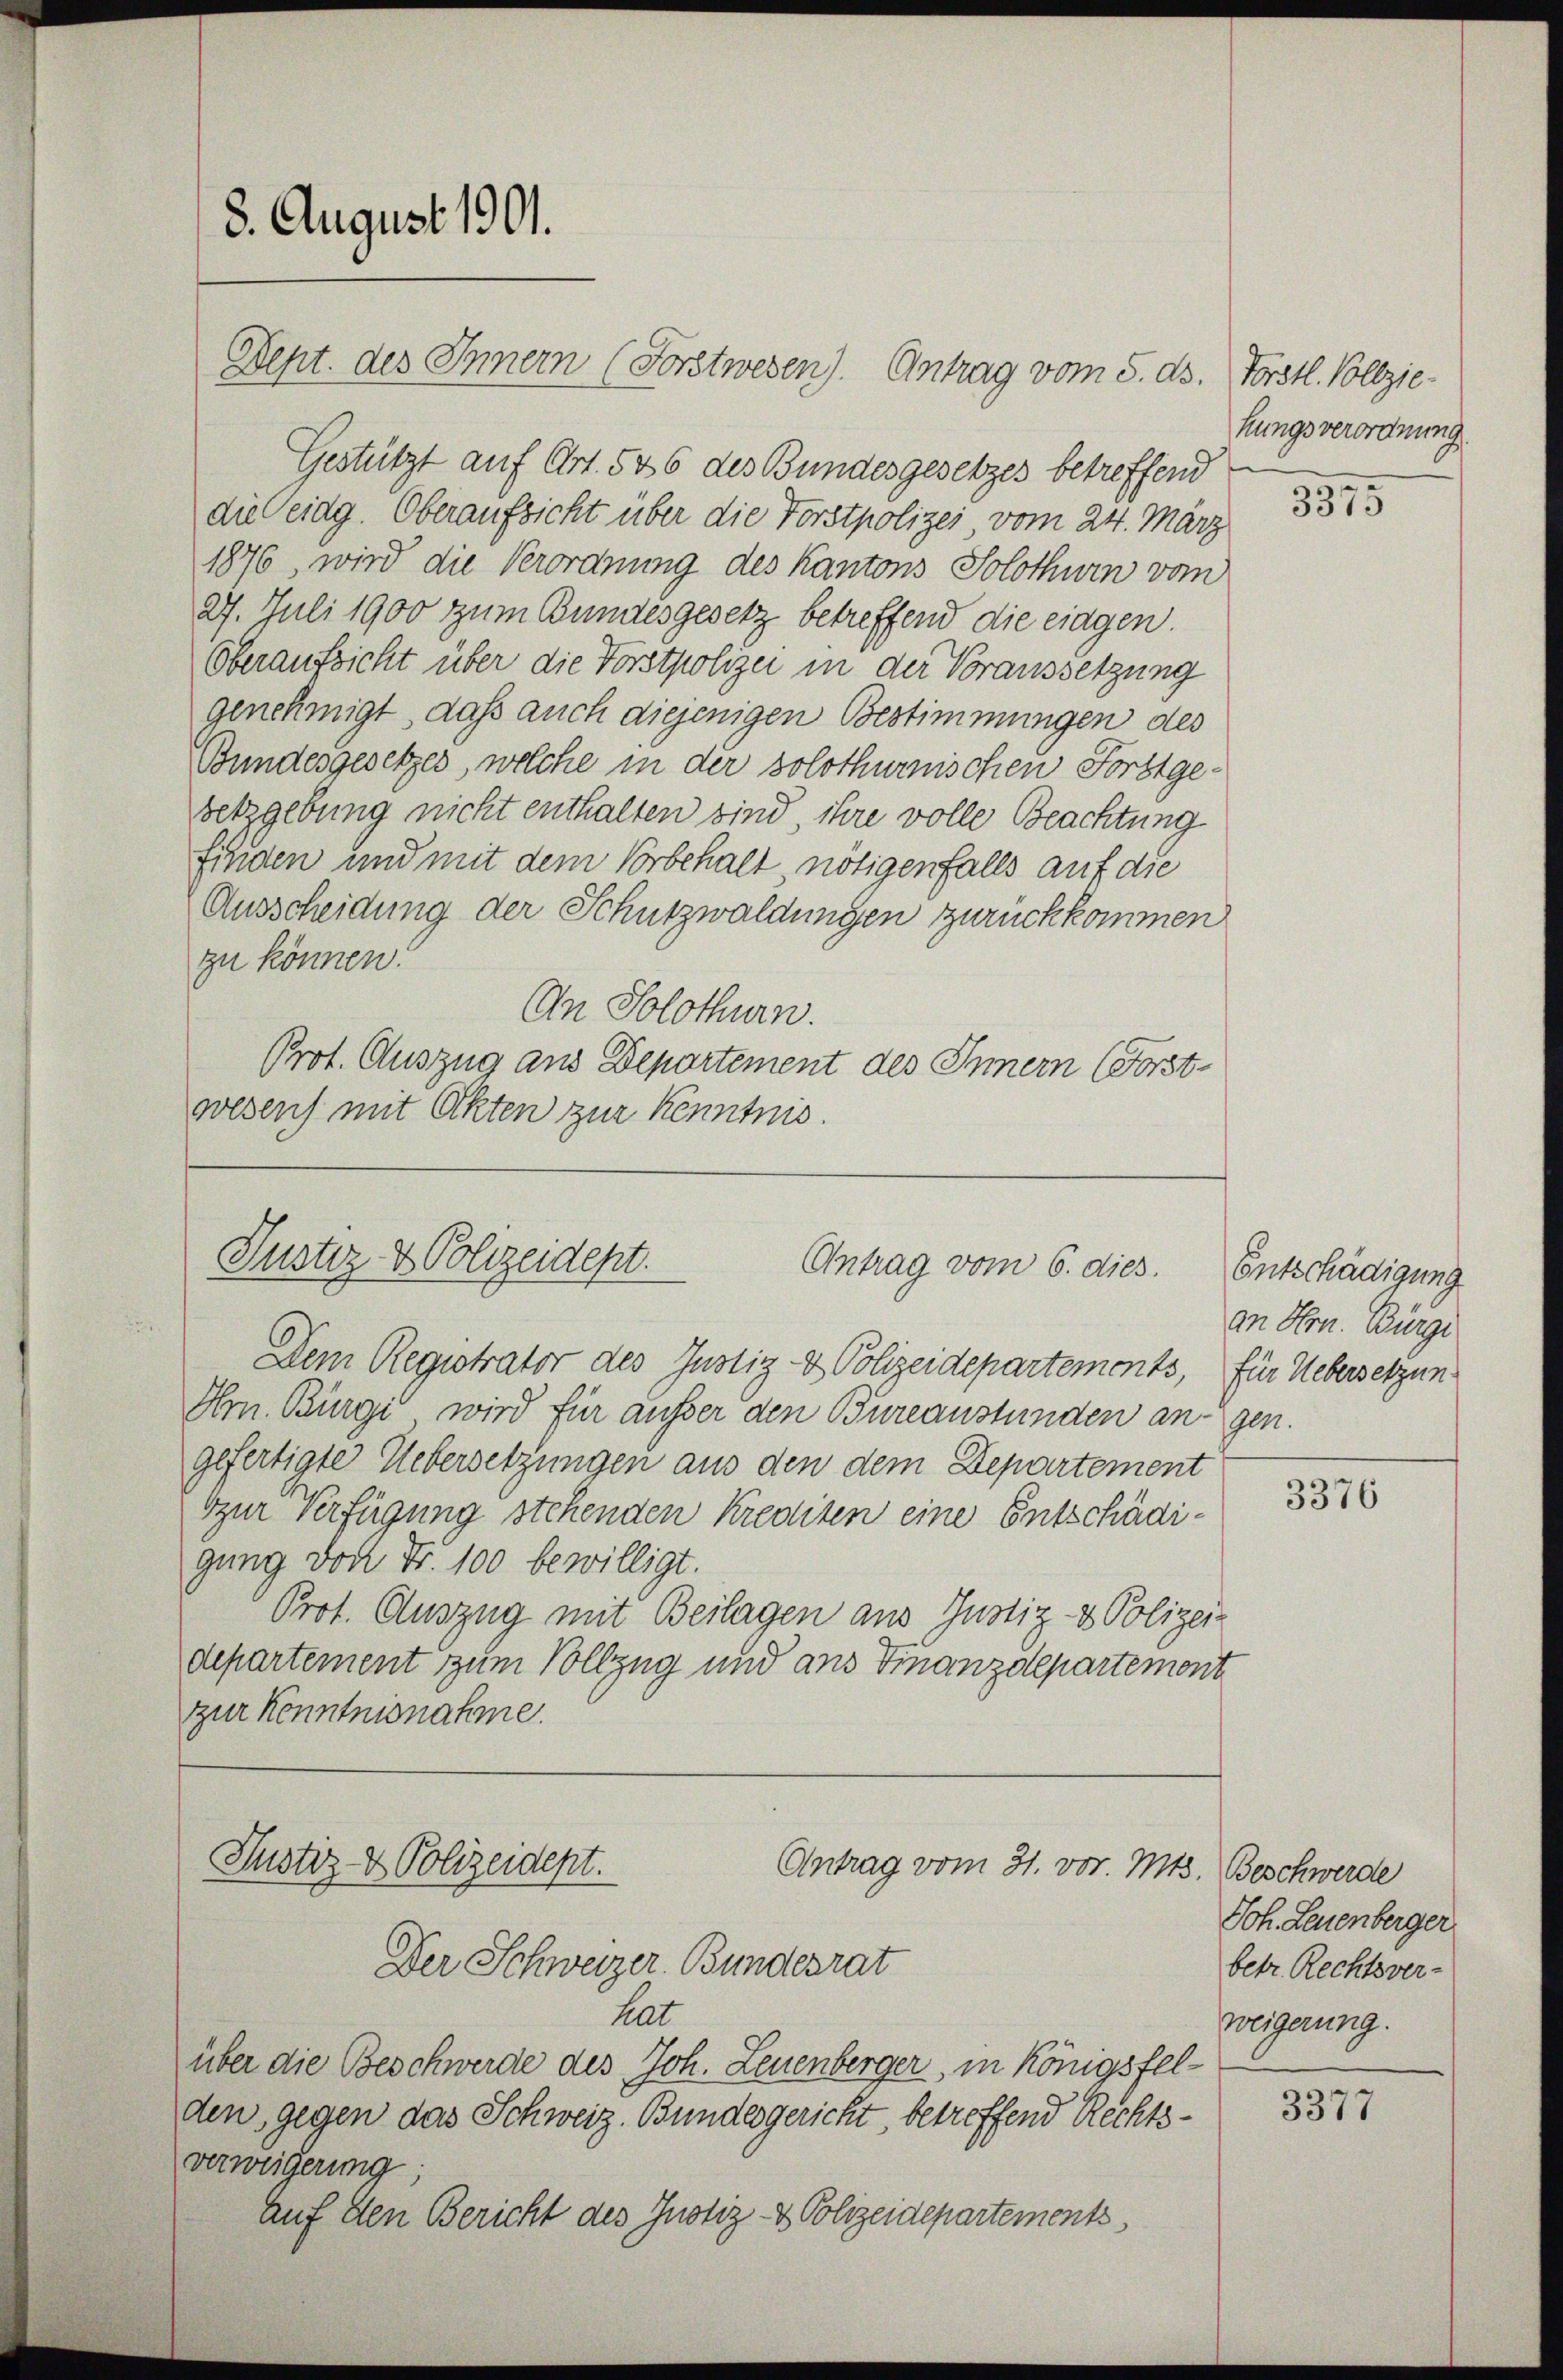
Gestützt auf Art. 546 des Bundesgesetzes betreffend
die Peidg. Oberaufsicht über die Forstpolizei, vom 24. März
1876, wird die Verordnung des Kantons Solothurn von
27. Juli 1900 zum Bundesgesetz betreffend die eingen.
Oberaufsicht über die Forstpolizei in der Voraussetzung
genehmigt, daß auch diejenigen Bestimmungen des
Bundesgesetzes, welche in der solothurnischen Forstge-
setzgebung nicht enthalten sind ihre volle Beachtung
finden und mit dem Vorbehalt nötigenfalls auf die
Ausscheidung der Schutzwaldungen zurückkommen
zu können.
An Solothurn.
Prot. Auszug aus Departement des Innern (Forstwesens mit Akten zur Kenntnis.

8. August 1901.
Dept. des Innern (Forstwesen). Antrag vom 5. ds. Forstl. Vollzie¬

Justiz & Polizeidept.
Antrag vom 6. dies.

Dem Registrator des Justiz- & Polizeidepartements, für Uebersetzun¬
Hm. Bürgi wird für ausser den Bureaustünden angen.
gefertigte Uebersetzungen aus den dem Departement
zur Verfügung stehenden Krediten eine Entschädigung doch Fr. 100 bewilligt.
Prot. Auszug mit Beilagen aus Justiz- & Polizei-
departement zum Vollzug und aus Finanzdepartement
zur Kenntnisnahme.

Justiz- & Polizeidept.
Antrag vom 31. vor. Mts. Beschwerde

Der Schweizer. Bundesrat
halt
über die Beschwerde des Joh. Leuenberger, in Königsfelden, gegen das Schweiz. Bundesgericht, betreffend Rechtsverweigerung;
Auf den Bericht des Justiz- & Polizeidepartements,

hungsverordnung

3375

Entschädigung
an Hrn. Bürgi

3376

Joh. Leuenberger
betr. Rechtsver-
weigerung.

3377